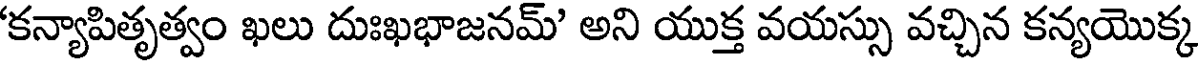
'కన్యాపితృత్వం ఖలు దుఃఖభాజనమ్' అని యుక్త వయస్సు వచ్చిన కన్యయొక్క